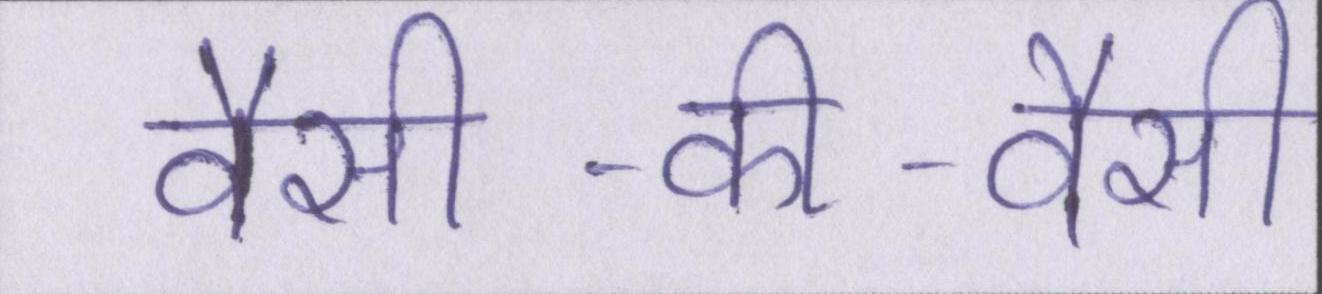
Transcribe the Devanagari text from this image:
वैसी-की-वैसी